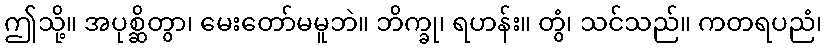
ဤသို့။ အပုစ္ဆိတွာ၊ မေးတော်မမူဘဲ။ ဘိက္ခု၊ ရဟန်း။ တွံ၊ သင်သည်။ ကတရပညံ၊